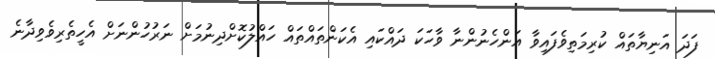
ފަދަ އަނިޔާތައް ކުރިމަތިވެފައިވާ އަންހެނުންނާ ވާހަކަ ދައްކައި އެކަންތައްތައް ހައްލުކޮށްދިނުމަށް ނަރުހުންނަށް އެހީތެރިވެވިދާނެ